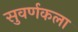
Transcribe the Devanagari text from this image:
सुवर्णकला